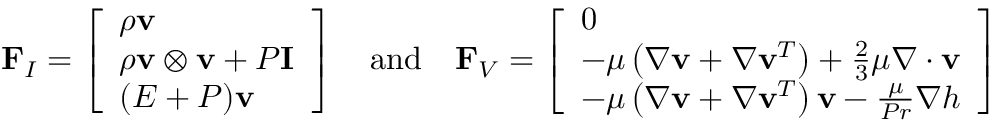
\mathbf { F } _ { I } = \left[ \begin{array} { l } { \boldsymbol { \rho } \mathbf { v } } \\ { \boldsymbol { \rho } \mathbf { v } \otimes \mathbf { v } + P \mathbf { I } } \\ { ( E + P ) \mathbf { v } } \end{array} \right] \quad \mathrm { a n d } \quad \mathbf { F } _ { V } = \left[ \begin{array} { l } { 0 } \\ { - \mu \left( \nabla \mathbf { v } + \nabla \mathbf { v } ^ { T } \right) + \frac { 2 } { 3 } \mu \nabla \cdot \mathbf { v } } \\ { - \mu \left( \nabla \mathbf { v } + \nabla \mathbf { v } ^ { T } \right) \mathbf { v } - \frac { \mu } { P r } \nabla h } \end{array} \right]